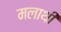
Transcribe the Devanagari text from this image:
मलाथी